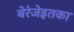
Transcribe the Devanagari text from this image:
बेरेजेइतका